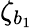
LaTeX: \zeta_{b_{1}}